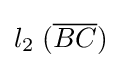
l_{2}\;({\overline {BC}})